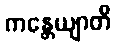
ကန္တေယျာတိ